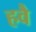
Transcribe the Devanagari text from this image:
हवै